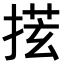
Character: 𪮎